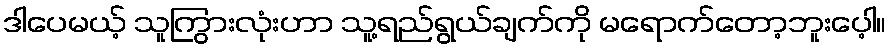
ဒါပေမယ့် သူကြွားလုံးဟာ သူ့ရည်ရွယ်ချက်ကို မရောက်တော့ဘူးပေ့ါ။